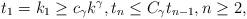
LaTeX: \begin{align*} t_1=k_1\geq c_{\gamma}k^{\gamma}, t_n \leq C_{\gamma}t_{n-1}, n\geq 2, \end{align*}